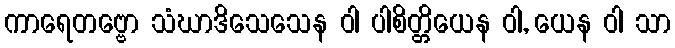
ကာရေတဗ္ဗော သံဃာဒိသေသေန ဝါ ပါစိတ္တိယေန ဝါ, ယေန ဝါ သာ